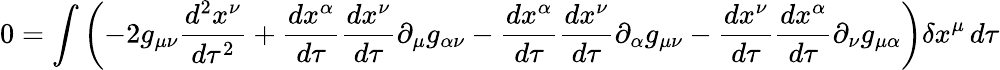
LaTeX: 0=\int\left(-2g_{\mu\nu}{\frac{d^{2}x^{\nu}}{d\tau^{2}}}+{\frac{dx^{\alpha}}{d\tau}}{\frac{dx^{\nu}}{d\tau}}\partial_{\mu}g_{\alpha\nu}-{\frac{dx^{\alpha}}{d\tau}}{\frac{dx^{\nu}}{d\tau}}\partial_{\alpha}g_{\mu\nu}-{\frac{dx^{\nu}}{d\tau}}{\frac{dx^{\alpha}}{d\tau}}\partial_{\nu}g_{\mu\alpha}\right)\delta x^{\mu}\, d\tau